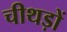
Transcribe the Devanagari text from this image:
चीथड़ों